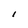
Character: I